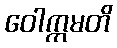
ဝေါက္ကမတိ